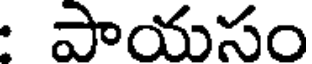
పాయసం